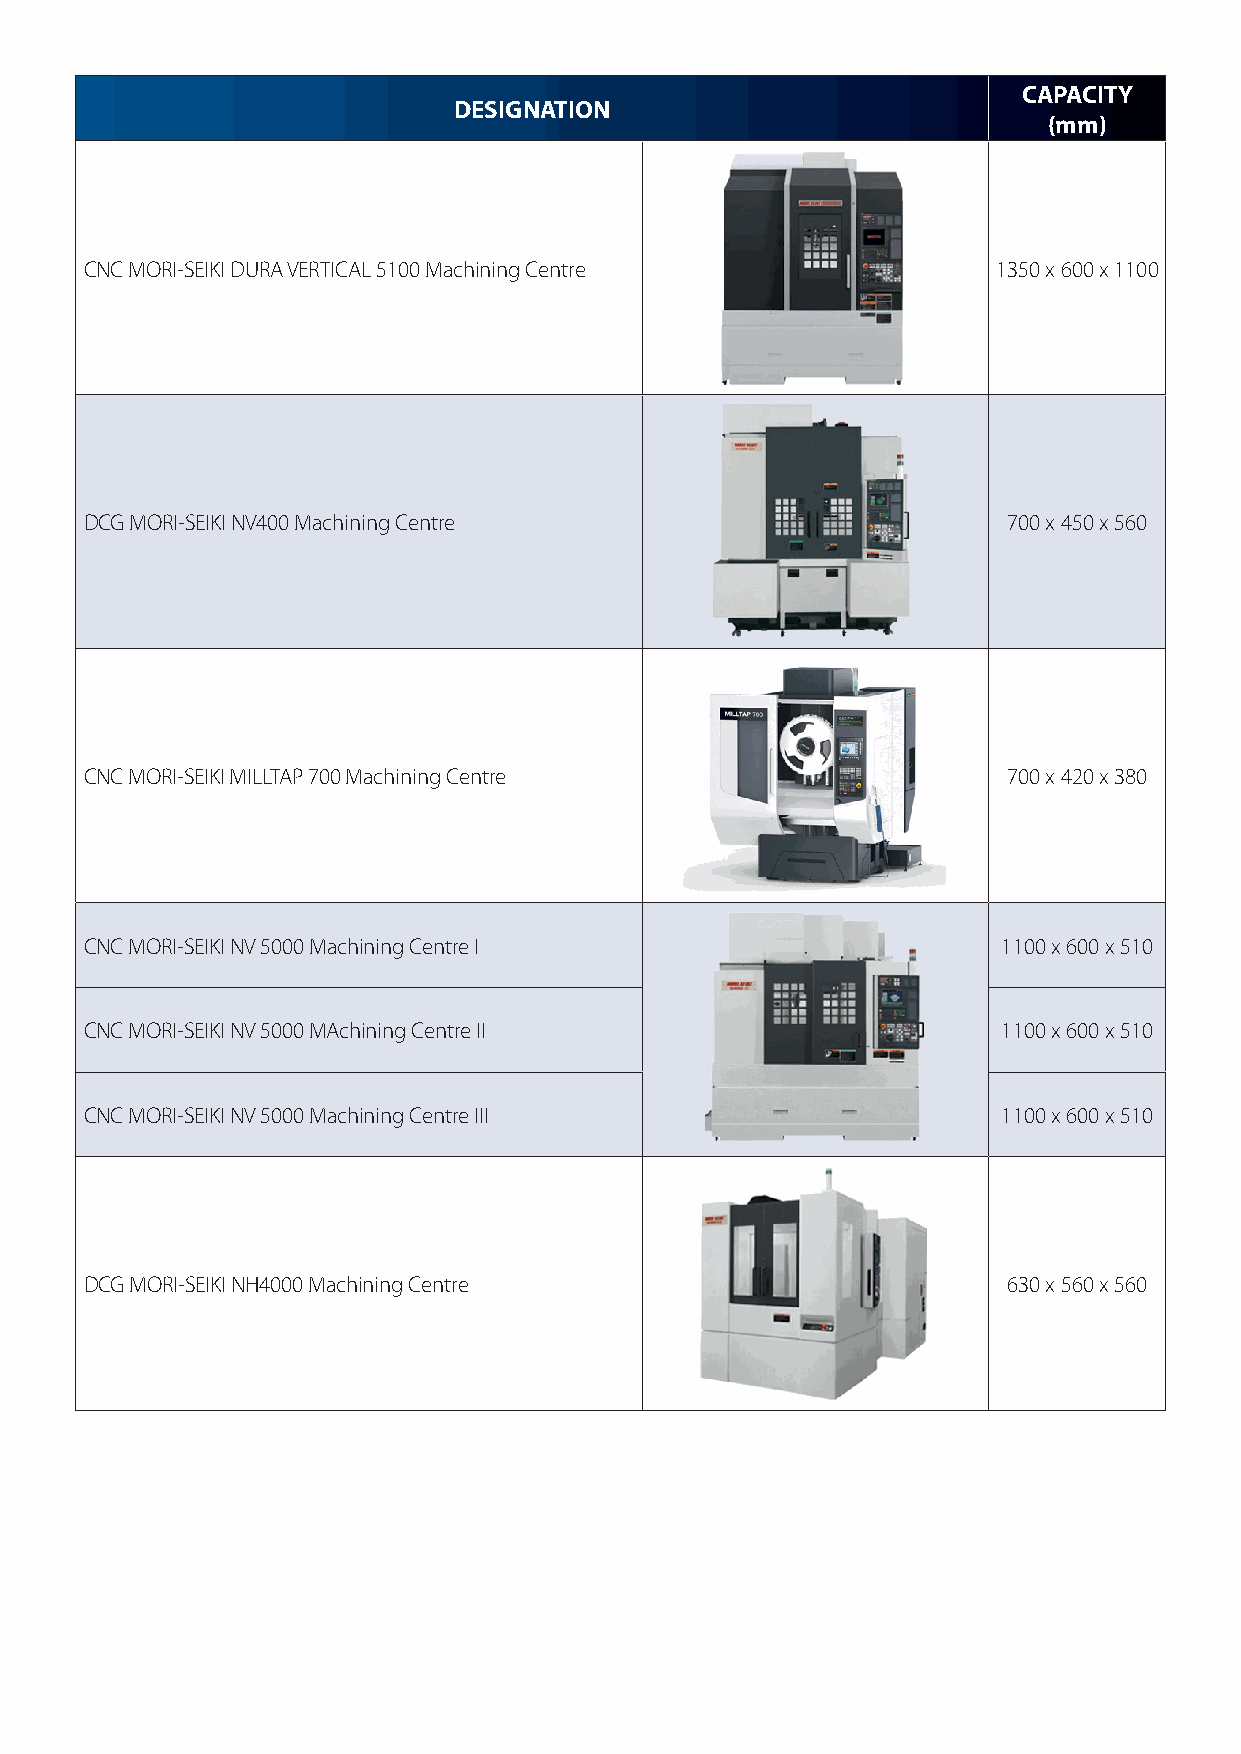
CAPACITY
 DESIGNATION
 (mm)
 CNC MORI-SEIKI DURA VERTICAL 5100 Machining Centre          1350 x 600 x 1100
 DCG MORI-SEIKI NV400 Machining Centre                        700 x 450 x 560
 CNC MORI-SEIKI MILLTAP 700 Machining Centre                  700 x 420 x 380
 CNC MORI-SEIKI NV 5000 Machining Centre I                   1100 x 600 x 510
 CNC MORI-SEIKI NV 5000 MAchining Centre II                  1100 x 600 x 510
 CNC MORI-SEIKI NV 5000 Machining Centre III                 1100 x 600 x 510
 DCG MORI-SEIKI NH4000 Machining Centre                       630 x 560 x 560